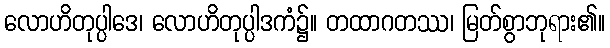
လောဟိတုပ္ပါဒေ၊ လောဟိတုပ္ပါဒကံ၌။ တထာဂတဿ၊ မြတ်စွာဘုရား၏။